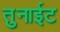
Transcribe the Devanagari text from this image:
तुनाईट